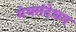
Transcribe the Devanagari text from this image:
मेघसंदेशम्